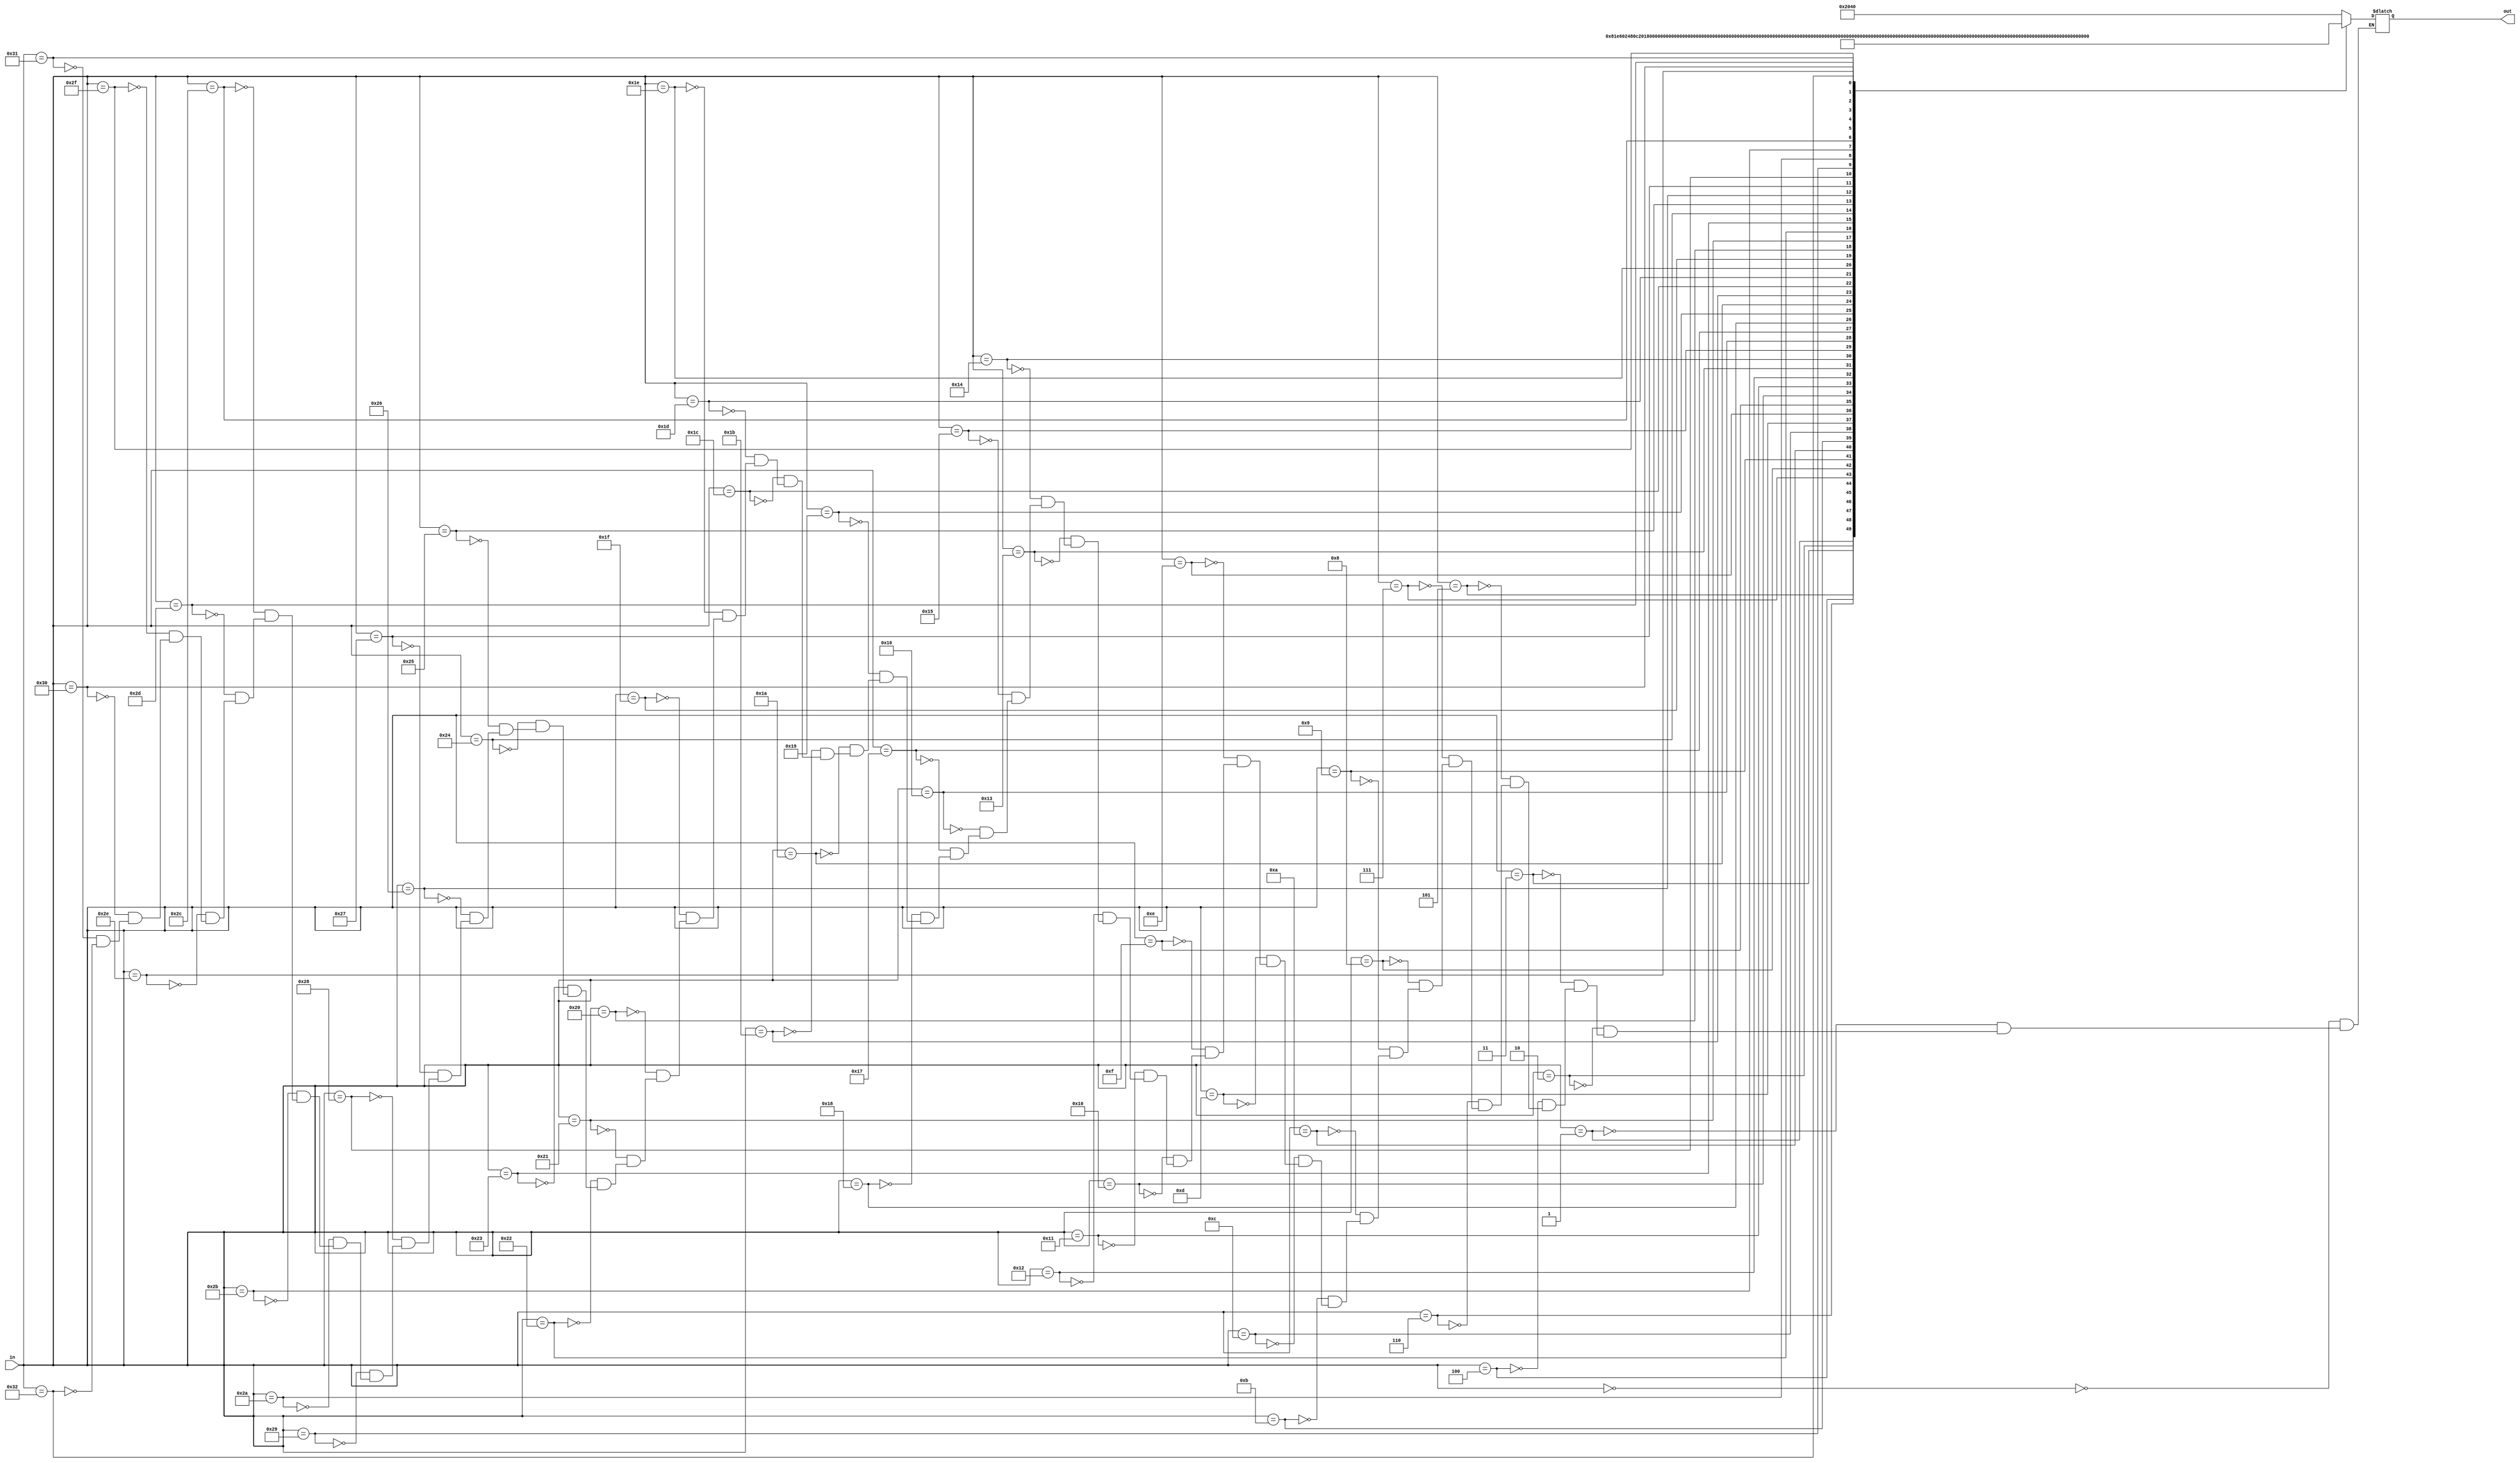
module Display_double(in, out);
	input [5:0]in ;
	output reg [13:0]out;
	
	always @(*) begin
		case(in)
			6'b000000: out = {7'b1000000 , 7'b1000000 } ;
			6'b000001: out = {7'b1000000 , 7'b1111001 } ;
			6'b000010: out = {7'b1000000 , 7'b0100100 } ;
			6'b000011: out = {7'b1000000 , 7'b0110000 } ;
			6'b000100: out = {7'b1000000 , 7'b0011001 } ;
			6'b000101: out = {7'b1000000 , 7'b0010010 } ;
			6'b000110: out = {7'b1000000 , 7'b0000010 } ;
			6'b000111: out = {7'b1000000 , 7'b1111000 } ;
			6'b001000: out = {7'b1000000 , 7'b0000000 } ;
			6'b001001: out = {7'b1000000 , 7'b0010000 } ;
			6'b001010: out = {7'b1111001 , 7'b1000000 } ;
			6'b001011: out = {7'b1111001 , 7'b1111001 } ;
			6'b001100: out = {7'b1111001 , 7'b0100100 } ;
			6'b001101: out = {7'b1111001 , 7'b0110000 } ;
			6'b001110: out = {7'b1111001 , 7'b0011001 } ;
			6'b001111: out = {7'b1111001 , 7'b0010010 } ;
			6'b010000: out = {7'b1111001 , 7'b0000010 } ;
			6'b010001: out = {7'b1111001 , 7'b1111000 } ;
			6'b010010: out = {7'b1111001 , 7'b0000000 } ;
			6'b010011: out = {7'b1111001 , 7'b0010000 } ;
			6'b010100: out = {7'b0100100 , 7'b1000000 } ;
			6'b010101: out = {7'b0100100 , 7'b1111001 } ;
			6'b010110: out = {7'b0100100 , 7'b0100100 } ;
			6'b010111: out = {7'b0100100 , 7'b0110000 } ;
			6'b011000: out = {7'b0100100 , 7'b0011001 } ;
			6'b011001: out = {7'b0100100 , 7'b0010010 } ;
			6'b011010: out = {7'b0100100 , 7'b0000010 } ;
			6'b011011: out = {7'b0100100 , 7'b1111000 } ;
			6'b011100: out = {7'b0100100 , 7'b0000000 } ;
			6'b011101: out = {7'b0100100 , 7'b0010000 } ;
			6'b011110: out = {7'b0110000 , 7'b1000000 } ;
			6'b011111: out = {7'b0110000 , 7'b1111001 } ;
			6'b100000: out = {7'b0110000 , 7'b0100100 } ;
			6'b100001: out = {7'b0110000 , 7'b0110000 } ;
			6'b100010: out = {7'b0110000 , 7'b0011001 } ;
			6'b100011: out = {7'b0110000 , 7'b0010010 } ;
			6'b100100: out = {7'b0110000 , 7'b0000010 } ;
			6'b100101: out = {7'b0110000 , 7'b1111000 } ;
			6'b100110: out = {7'b0110000 , 7'b0000000 } ;
			6'b100111: out = {7'b0110000 , 7'b0010000 } ;
			6'b101000: out = {7'b0011001 , 7'b1000000 } ;
			6'b101001: out = {7'b0011001 , 7'b1111001 } ;
			6'b101010: out = {7'b0011001 , 7'b0100100 } ;
			6'b101011: out = {7'b0011001 , 7'b0110000 } ;
			6'b101100: out = {7'b0011001 , 7'b0011001 } ;
			6'b101101: out = {7'b0011001 , 7'b0010010 } ;
			6'b101110: out = {7'b0011001 , 7'b0000010 } ;
			6'b101111: out = {7'b0011001 , 7'b1111000 } ;
			6'b110000: out = {7'b0011001 , 7'b0000000 } ;
			6'b110001: out = {7'b0011001 , 7'b0010000 } ;
			6'b110010: out = {7'b0010010 , 7'b1000000 } ;
		endcase
	end
endmodule